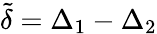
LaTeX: \tilde{\delta}=\Delta_{1}-\Delta_{2}